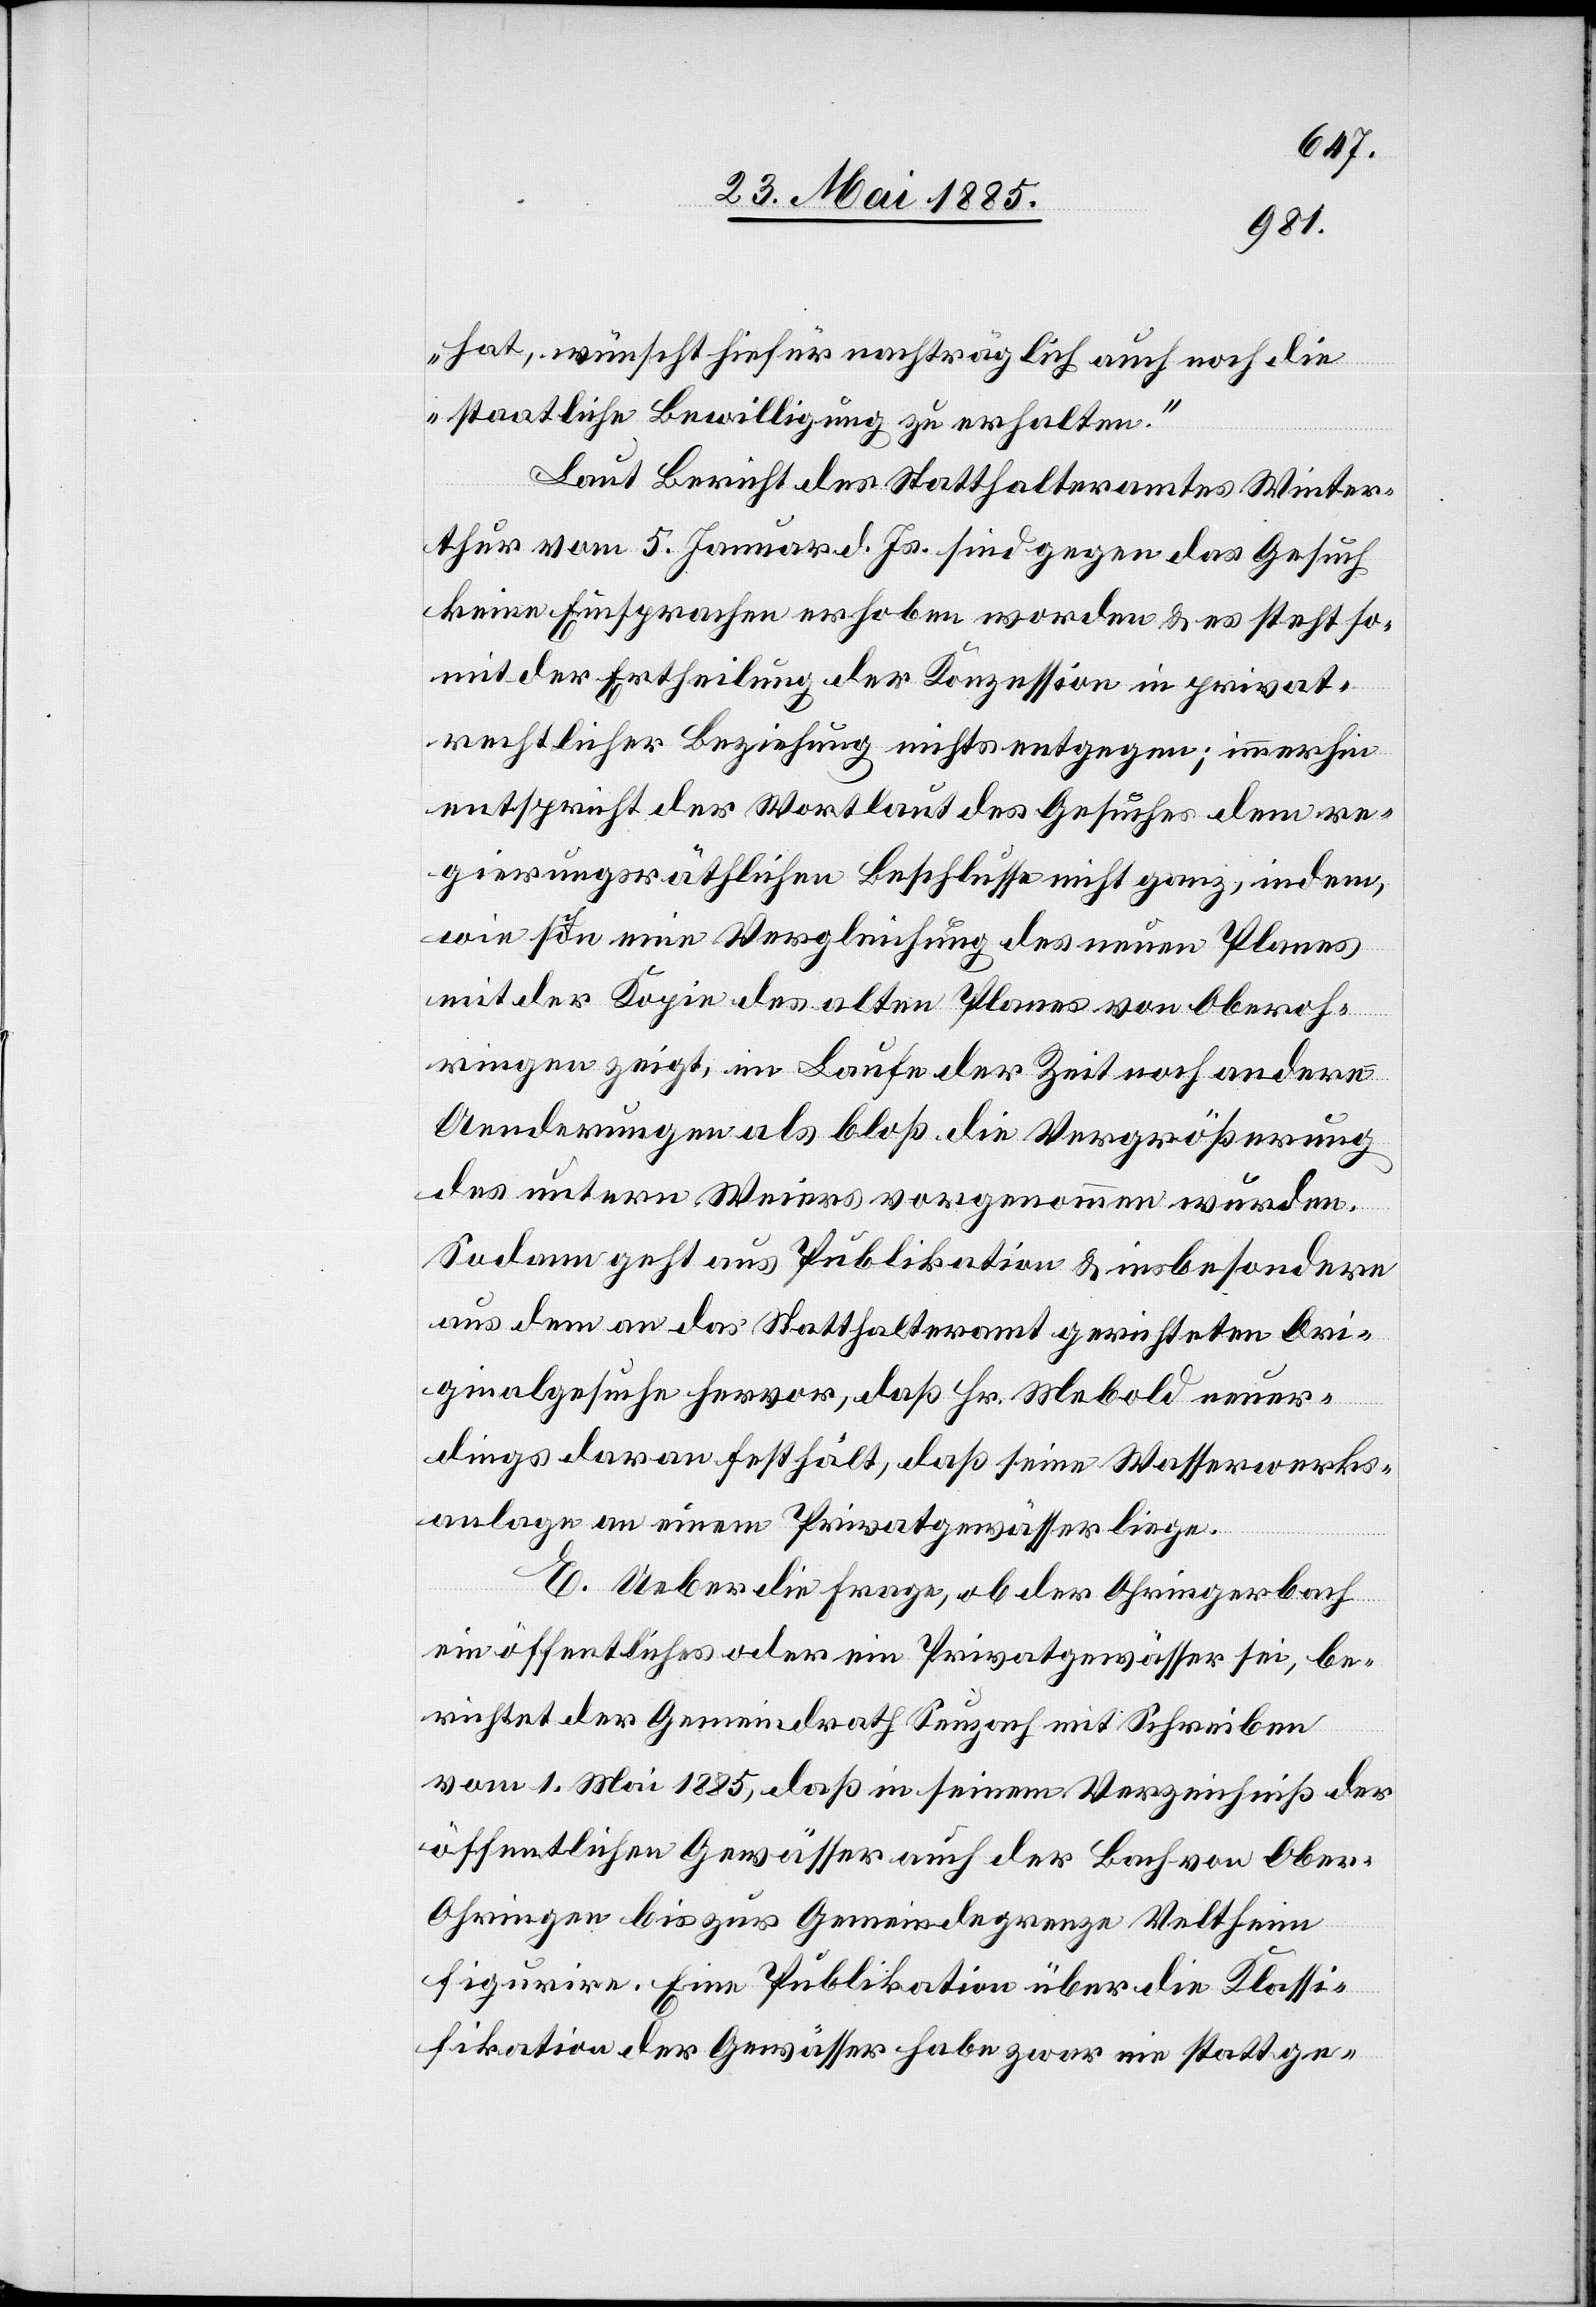
hat, wünscht hiefür nachträglich auch noch die
staatliche Bewilligung zu erhalten.“
Laut Bericht des Statthalteramtes Winter¬
thur vom 5. Januar d. Js. sind gegen das Gesuch
keine Einsprachen erhoben worden & es steht so¬
mit der Ertheilung der Konzession in privat¬
rechtlicher Beziehung nichts entgegen; immerhin
entspricht der Wortlaut des Gesuches dem re¬
gierungsräthlichen Beschlusse nicht ganz, indem,
wie schon eine Vergleichung des neuen Planes
mit der Kopie des alten Planes von Oberoh¬
ringen zeigt, im Laufe der Zeit noch andere
Aenderungen als bloß die Vergrößerung
des untern Weiers vorgenommen wurden.
Sodann geht aus Publikation & insbesondere
aus dem an das Statthalteramt gerichtete Ori¬
ginalgesuche hervor, daß Hr. Mebold neuer¬
dings daran festhält, daß seine Wasserwerks¬
anlage an einem Privatgewässer liege.
E. Ueber die Frage, ob der Ohringerbach
ein öffentliches oder ein Privatgewässer sei, be¬
richtet der Gemeindrath Seuzach mit Schreiben
vom 1. Mai 1885, daß in seinem Verzeichniß der
öffentlichen Gewässer auch der Bach von Ober¬
ohringen bis zur Gemeindegrenze Veltheim
figurire. Eine Publikation über die Klassi¬
fikation der Gewässer habe zwar nie stattge-